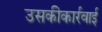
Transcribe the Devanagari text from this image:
उसकीकार्रवाई